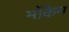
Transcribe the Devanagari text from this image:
मोंकेन